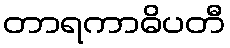
တာရကာဓိပတီ